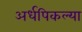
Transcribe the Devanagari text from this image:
अर्धपिकल्या